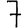
Digit: 7